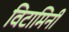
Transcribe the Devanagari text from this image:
विटामिनी